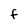
Character: F